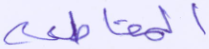
المقاطعة